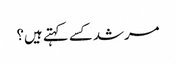
مرشد کسے کہتے ہیں؟